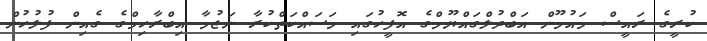
ކުރީގެ ރައީސް މައުމޫން އަބްދުލްގައްޔޫމްގެ އޮފީހުގައި މަސައްކަތްކުރާ ނަޖުމާ އިބްރާހިމްގެ ގެއިން ފުލުހުން